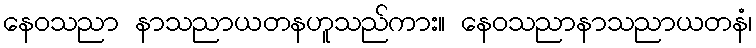
နေဝသညာ နာသညာယတနဟူသည်ကား။ နေဝသညာနာသညာယတနံ၊